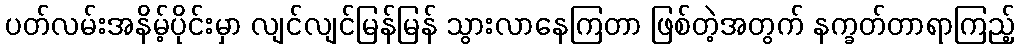
ပတ်လမ်းအနိမ့်ပိုင်းမှာ လျင်လျင်မြန်မြန် သွားလာနေကြတာ ဖြစ်တဲ့အတွက် နက္ခတ်တာရာကြည့်